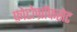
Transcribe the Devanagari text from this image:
फ़ोटोग्रॉफसेट